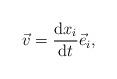
LaTeX: \begin{align*}\begin{aligned} \vec v=\dfrac{{\rm d}x_i}{{\rm d}t}\vec e_i, \end{aligned}\end{align*}